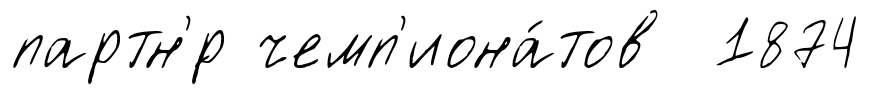
партн'́р чемп'иона́тов 1874